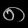
Digit: ၈